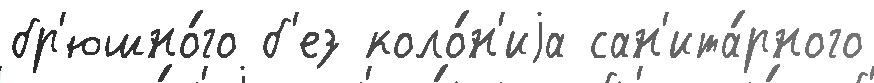
бр'юшно́го б'ез коло́н'иjа сан'ита́рного